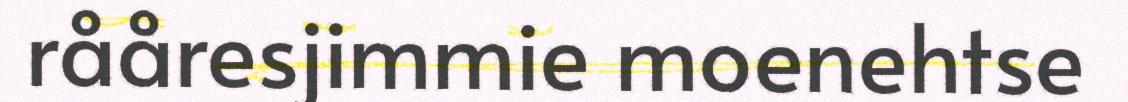
rååresjimmie moenehtse